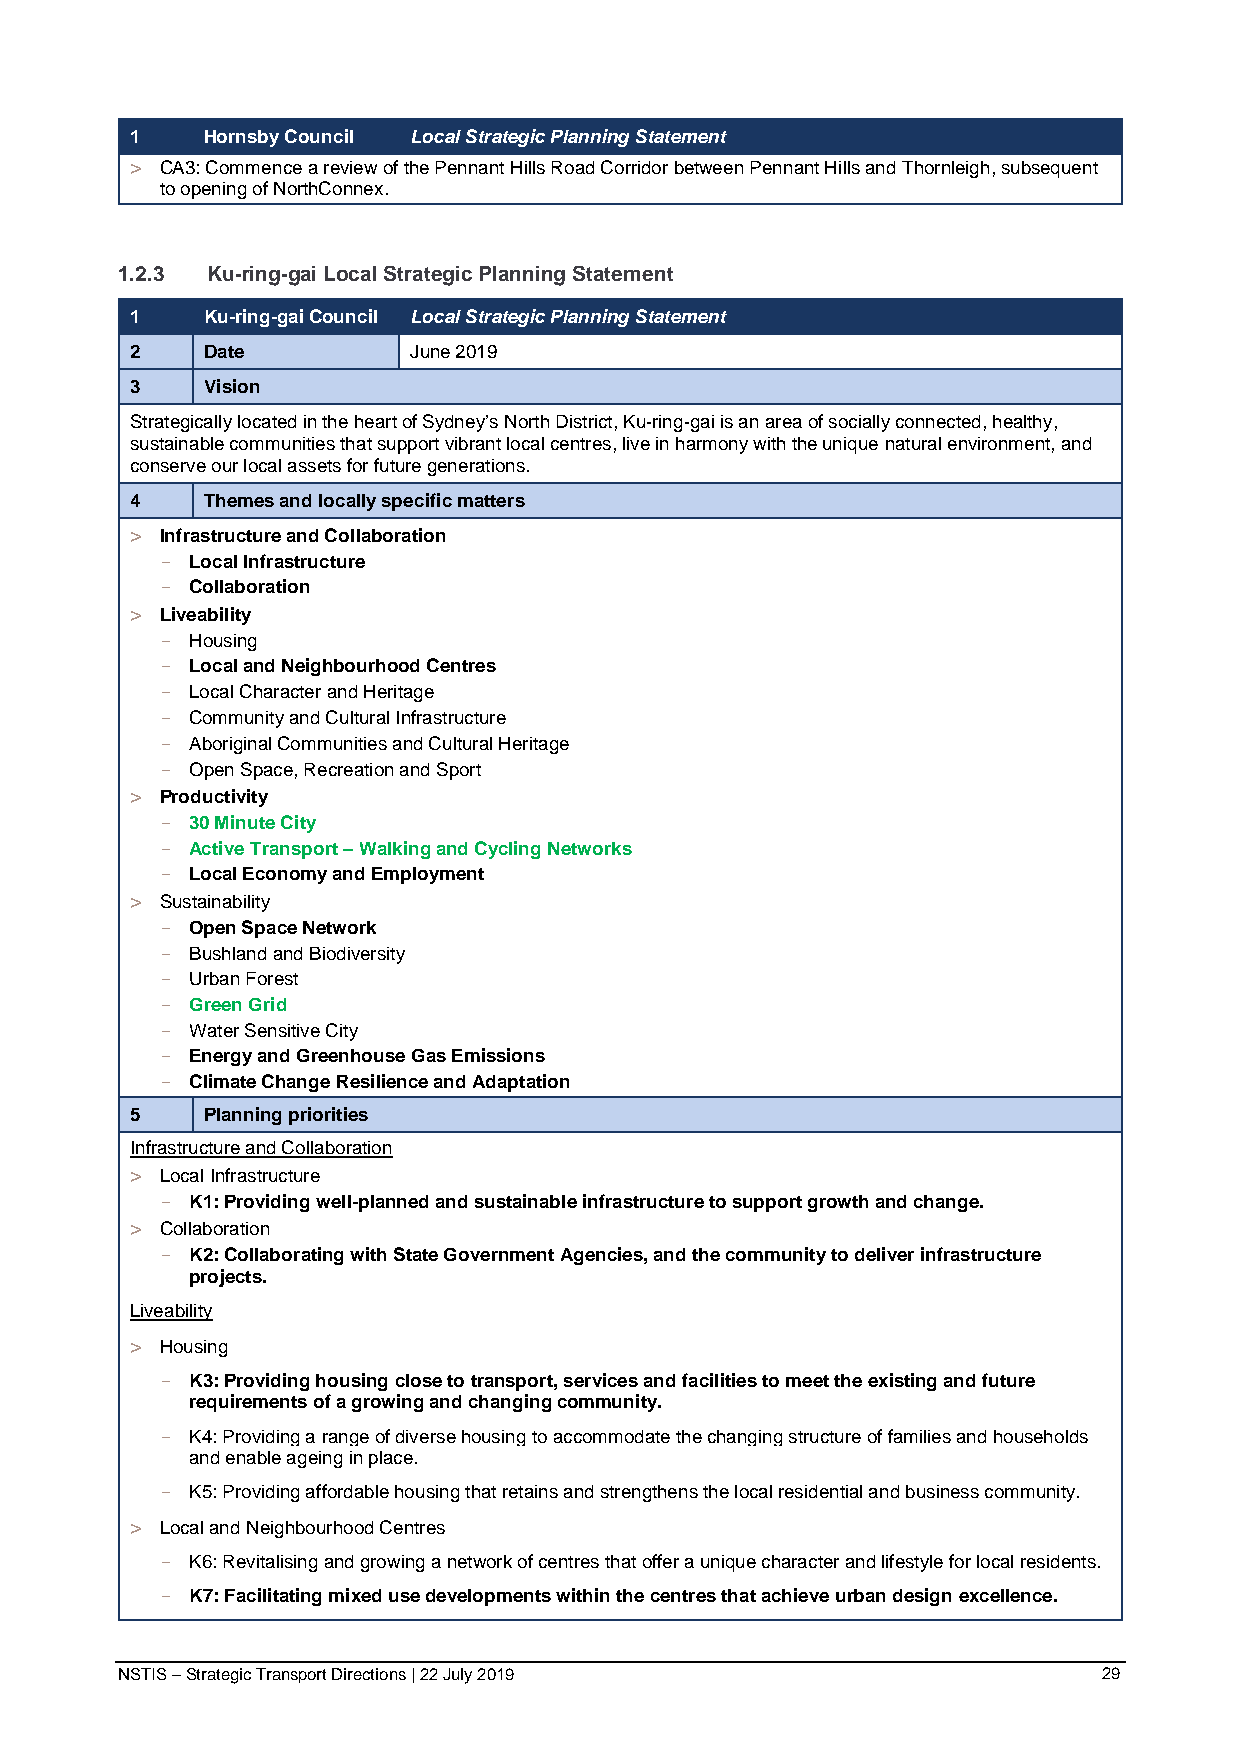
1   Hornsby Council Local Strategic Planning Statement
 > CA3: Commence a review of the Pennant Hills Road Corridor between Pennant Hills and Thornleigh, subsequent
 to opening of NorthConnex.
 1.2.3 Ku-ring-gai Local Strategic Planning Statement
 1   Ku-ring-gai Council Local Strategic Planning Statement
 2   Date          June 2019
 3   Vision
 Strategically located in the heart of Sydney’s North District, Ku-ring-gai is an area of socially connected, healthy,
 sustainable communities that support vibrant local centres, live in harmony with the unique natural environment, and
 conserve our local assets for future generations.
 4   Themes and locally specific matters
 > Infrastructure and Collaboration
 - Local Infrastructure
 - Collaboration
 > Liveability
 - Housing
 - Local and Neighbourhood Centres
 - Local Character and Heritage
 - Community and Cultural Infrastructure
 - Aboriginal Communities and Cultural Heritage
 - Open Space, Recreation and Sport
 > Productivity
 - 30 Minute City
 - Active Transport – Walking and Cycling Networks
 - Local Economy and Employment
 > Sustainability
 - Open Space Network
 - Bushland and Biodiversity
 - Urban Forest
 - Green Grid
 - Water Sensitive City
 - Energy and Greenhouse Gas Emissions
 - Climate Change Resilience and Adaptation
 5   Planning priorities
 Infrastructure and Collaboration
 > Local Infrastructure
 - K1: Providing well-planned and sustainable infrastructure to support growth and change.
 > Collaboration
 - K2: Collaborating with State Government Agencies, and the community to deliver infrastructure
 projects.
 Liveability
 > Housing
 - K3: Providing housing close to transport, services and facilities to meet the existing and future
 requirements of a growing and changing community.
 - K4: Providing a range of diverse housing to accommodate the changing structure of families and households
 and enable ageing in place.
 - K5: Providing affordable housing that retains and strengthens the local residential and business community.
 > Local and Neighbourhood Centres
 - K6: Revitalising and growing a network of centres that offer a unique character and lifestyle for local residents.
 - K7: Facilitating mixed use developments within the centres that achieve urban design excellence.
 NSTIS – Strategic Transport Directions | 22 July 2019            29